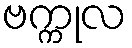
ဗက္ကုလ